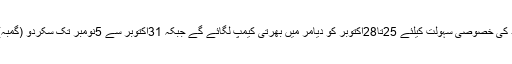
دوردراز کے علاقوں کے افراد کی خصوصی سہولت کیلئے 25تا28اکتوبر کو دیامر میں بھرتی کیمپ لگائے گے جبکہ 31اکتوبر سے 5نومبر تک سکردو (گمبہ) سپاہی بھرتی کیپ جاری ہے۔